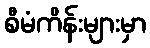
စီမံကိန်းများမှာ